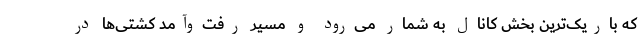
که باریک‌ترین بخش کانال به شمار می‌رود و مسیر رفت‌وآمد کشتی‌ها در